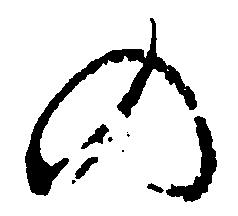
の